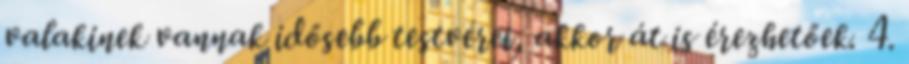
valakinek vannak idősebb testvérei, akkor át is érezhetőek. 4.